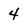
Character: 4